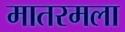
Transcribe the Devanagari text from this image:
मातरमला